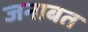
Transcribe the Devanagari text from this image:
जनाबत